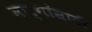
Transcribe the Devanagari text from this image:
मार्गांसाठी